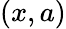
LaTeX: (x,a)